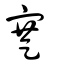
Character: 蹇